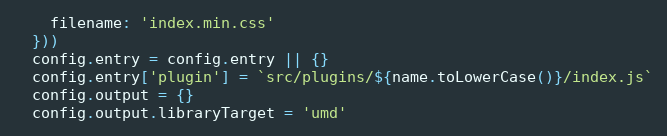
Language: JavaScript
    filename: 'index.min.css'
  }))
  config.entry = config.entry || {}
  config.entry['plugin'] = `src/plugins/${name.toLowerCase()}/index.js`
  config.output = {}
  config.output.libraryTarget = 'umd'